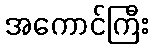
အကောင်ကြီး